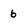
Character: 6